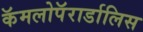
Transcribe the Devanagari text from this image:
कॅमलोपॅरार्डालिस